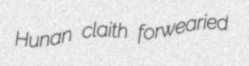
Hunan claith forwearied